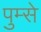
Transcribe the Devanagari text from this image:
पुम्से